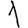
Digit: 1